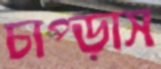
চাপ্‌ড়াস